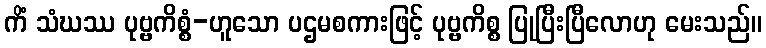
ကိံ သံဃဿ ပုဗ္ဗကိစ္စံ-ဟူသော ပဌမစကားဖြင့် ပုဗ္ဗကိစ္စ ပြုပြီးပြီလောဟု မေးသည်။